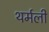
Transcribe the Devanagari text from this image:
थर्मली